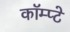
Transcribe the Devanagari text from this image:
कॉम्प्टे